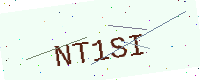
Text: NT1SI